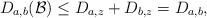
LaTeX: \begin{align*} D_{a,b}({\cal B}) \leq D_{a,z} + D_{b,z} = D_{a,b},\end{align*}